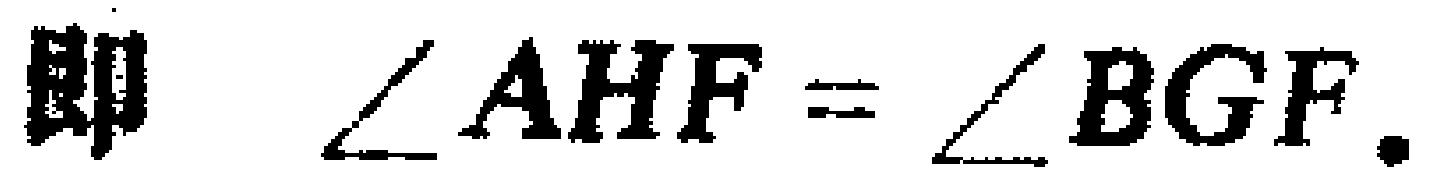
即 $\angle AHF = \angle BGF.$